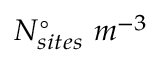
N _ { s i t e s } ^ { \circ } \ m ^ { - 3 }